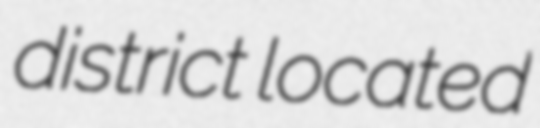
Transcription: district located